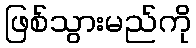
ဖြစ်သွားမည်ကို